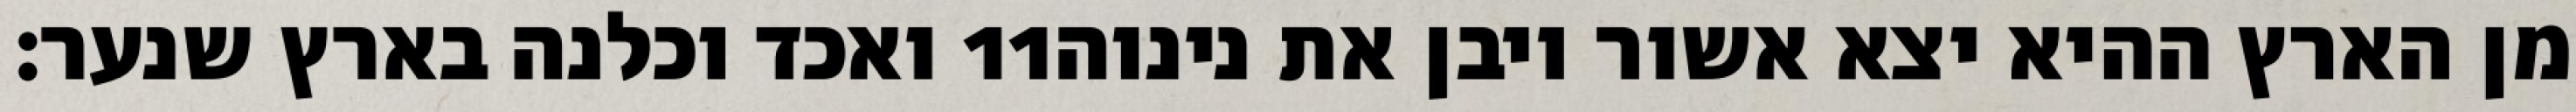
ואכד וכלנה בארץ שנער׃ ‎11‏ מן הארץ ההיא יצא אשור ויבן את נינוה